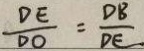
\frac { D E } { D O } = \frac { D B } { D E }